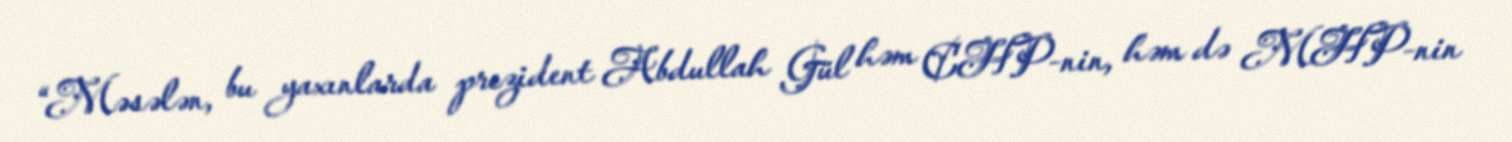
“Məsələn, bu yaxınlarda prezident Abdullah Gül həm CHP-nin, həm də MHP-nin